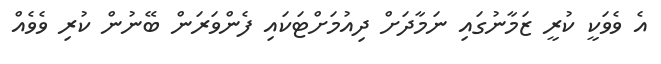
އެ ވެވަކީ ކުރީ ޒަމާނުގައި ނަމާދަށް ދިއުމަށްޓަކައި ފެންވަރަން ބޭނުން ކުރި ވެވެއް